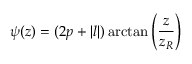
\psi ( z ) = ( 2 p + | l | ) \arctan \left( \frac { z } { z _ { R } } \right)